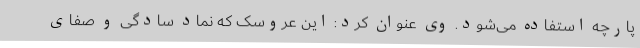
پارچه استفاده می‌شود. وی عنوان کرد: این عروسک که نماد سادگی و صفای